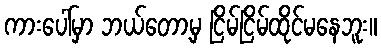
ကားပေါ်မှာ ဘယ်တော့မှ ငြိမ်ငြိမ်ထိုင်မနေဘူး။